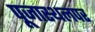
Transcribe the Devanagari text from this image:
पूजास्थलपर